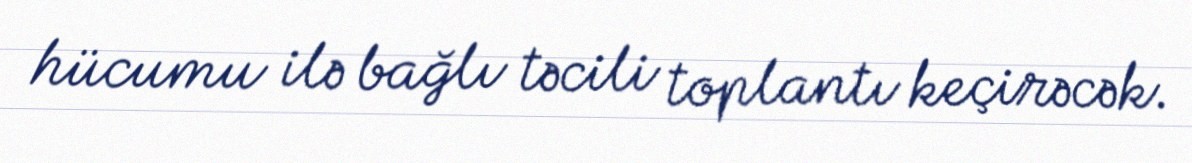
hücumu ilə bağlı təcili toplantı keçirəcək.